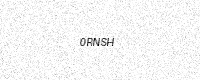
Text: 0RNSH